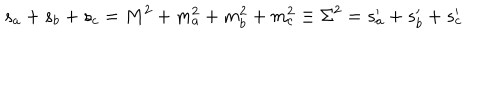
s _ { a } + s _ { b } + s _ { c } = M ^ { 2 } + m _ { a } ^ { 2 } + m _ { b } ^ { 2 } + m _ { c } ^ { 2 } \equiv \Sigma ^ { 2 } = s _ { a } ^ { \prime } + s _ { b } ^ { \prime } + s _ { c } ^ { \prime }